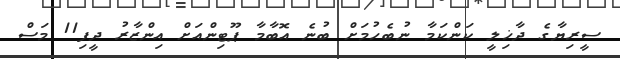
ސީރިޔާގެ ދާޚިލީ ކަންކަމާ ނުބެހުމަށް ބުނެ އޮބާމާ ޕޫޓިންއަށް އިންޒާރު ދީފި11 މަސް